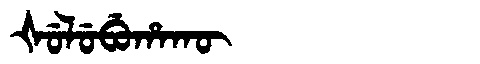
Manchu: ᡧᡠᠯᡠᠪᡠᡥᠠᡴᡡ
Romanization: ŠULUBUHAKŪ